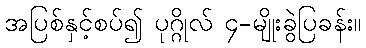
အပြစ်နှင့်စပ်၍ ပုဂ္ဂိုလ် ၄-မျိုးခွဲပြခန်း။